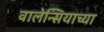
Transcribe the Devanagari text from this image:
वालेन्सियाच्या